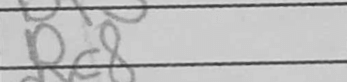
Transcription: Rc8